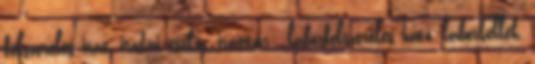
felszerelés irat, irodai eszköz, irattár , laborfelszerelés hűtő, laborkellék,